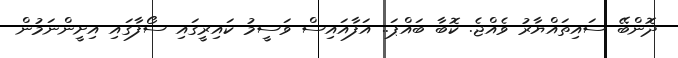
ދޮންބޭ ސައިތައްޔާރު ވެއްޖެ. ކޮބާ ބައްޕަ.. އަފާއައިސް ވަސީމު ކައިރީގައި ސޯފާގައި އިށީންނަމުން